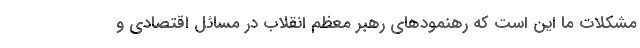
مشکلات ما این است که رهنمودهای رهبر معظم انقلاب در مسائل اقتصادی و